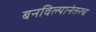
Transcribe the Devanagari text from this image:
बनविल्यानंतरच